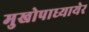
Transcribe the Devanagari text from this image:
मुखोपाध्यायेर